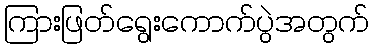
ကြားဖြတ်ရွေးကောက်ပွဲအတွက်